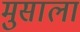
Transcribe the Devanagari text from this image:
मुसाला